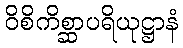
ဝိစိကိစ္ဆာပရိယုဋ္ဌာနံ